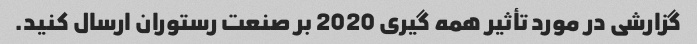
گزارشی در مورد تأثیر همه گیری 2020 بر صنعت رستوران ارسال کنید.